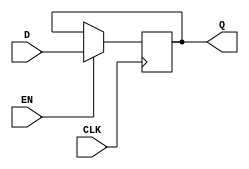
module test (
	input EN, CLK,
	input [3:0] D,
	output reg [3:0] Q
);
	always @(posedge CLK)
		if (EN) Q <= D;

	specify
		if (EN) (posedge CLK *> (Q : D)) = (1, 2:3:4);
		$setup(D, posedge CLK &&& EN, 5);
		$hold(posedge CLK, D &&& EN, 6);
	endspecify
endmodule